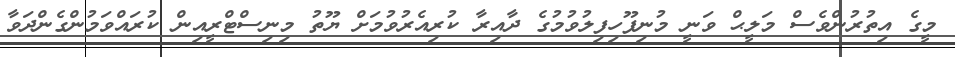
މީގެ އިތުރުންވެސް މަލީޙް ވަނީ މުނިފޫހިފިލުވުމުގެ ދާއިރާ ކުރިއެރުވުމަށް ޔޫތު މިނިސްޓްރީއިން ކުރައްވަމުންގެންދަވާ